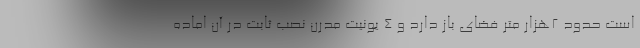
است حدود ۲هزار متر فضای باز دارد و ۴ یونیت مدرن نصب ثابت در آن اماده